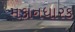
મકાનધારક